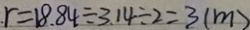
r = 1 8 . 8 4 \div 3 . 1 4 \div 2 = 3 ( m )